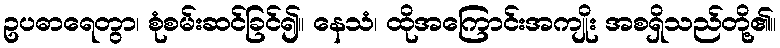
ဥပဓာရေတွာ၊ စုံစမ်းဆင်ခြင်၍။ နေသံ၊ ထိုအကြောင်းအကျိုး အစရှိသည်တို့၏။